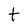
Character: t